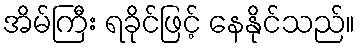
အိမ်ကြီး ရခိုင်ဖြင့် နေနိုင်သည်။